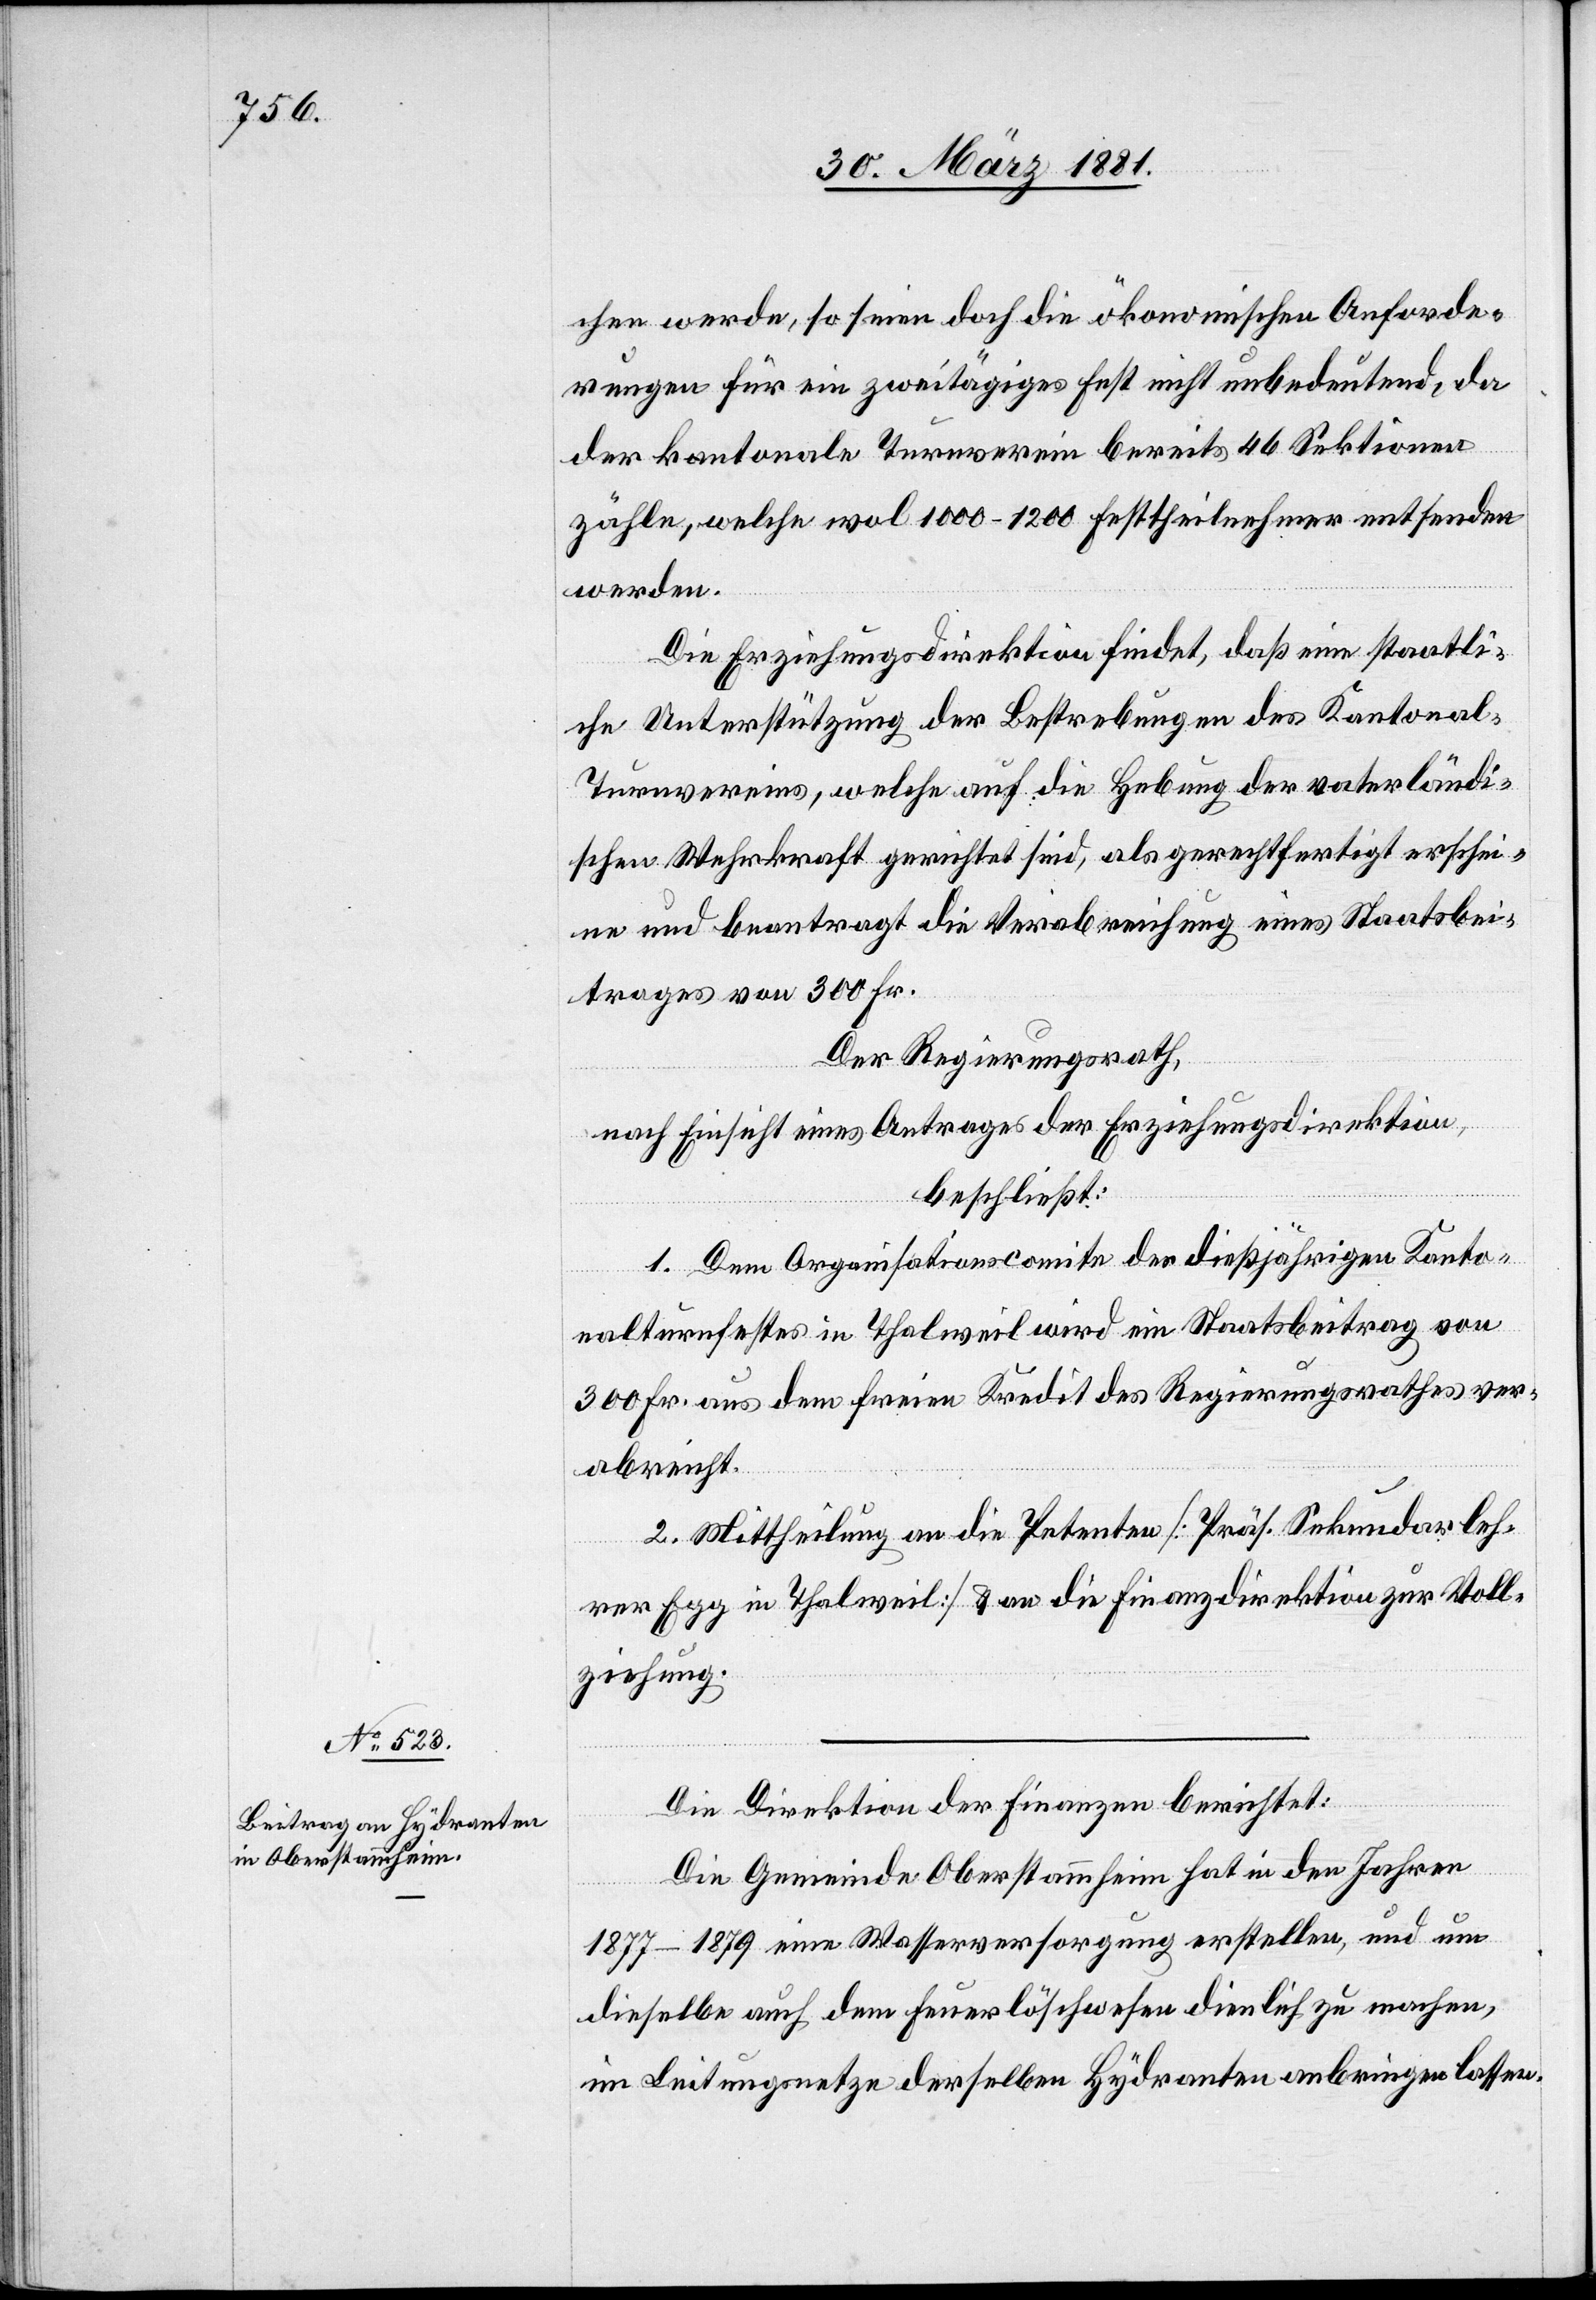
chen werde, so seien doch die ökonomischen Anforde¬
rungen für ein zweitätiges Fest nicht unbedeutend, da
der kantonale Turnverein bereits 46 Sektionen
zähle, welche wol 1000–1200 Festtheilnehmer entsenden
werden.
Die Erziehungsdirektion findet, daß eine staatli¬
che Unterstützung der Bestrebungen des Kantonal-T¬
urnvereins, welche auf die Hebung der vaterländi¬
schen Wehrkraft gerichtet sind, als gerechtfertigt erschei¬
ne und beantragt die Verabreichung eines Staatsbei¬
trages von 300 Fr.
Der Regierungsrath,
nach Einsicht eines Antrages der Erziehungsdirektion,
beschließt:
1. Dem Organisationscomite des dießjährigen Kanto¬
nalturnfestes in Thalweil wird ein Staatsbeitrag von
300 Fr. aus dem freien Kredit des Regierungsrathes ver¬
abreicht.
2. Mittheilung an die Petenten [Präs. Sekundarleh¬
rer Egg in Thalweil] & an die Finanzdirektion zur Voll¬
ziehung.
Die Direktion der Finanzen berichtet:
Die Gemeinde Oberstammheim hat in den Jahren
1877–1879 eine Wasserversorgung erstellen, und um
dieselbe auch dem Feuerlöschwesen dienlich zu machen,
im Leitungsnetze derselben Hydranten anbringen lassen.